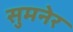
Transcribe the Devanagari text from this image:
सुमनेर